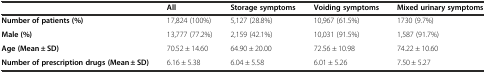
<table><thead><tr><td></td><td><b>All</b></td><td><b>Storage symptoms</b></td><td><b>Voiding symptoms</b></td><td><b>Mixed urinary symptoms</b></td></tr></thead><tbody><tr><td><b>Number of patients (%)</b></td><td>17,824 (100%)</td><td>5,127 (28.8%)</td><td>10,967 (61.5%)</td><td>1730 (9.7%)</td></tr><tr><td><b>Male (%)</b></td><td>13,777 (77.2%)</td><td>2,159 (42.1%)</td><td>10,031 (91.5%)</td><td>1,587 (91.7%)</td></tr><tr><td><b>Age (Mean ± SD)</b></td><td>70.52 ± 14.60</td><td>64.90 ± 20.00</td><td>72.56 ± 10.98</td><td>74.22 ± 10.60</td></tr><tr><td><b>Number of prescription drugs (Mean ± SD)</b></td><td>6.16 ± 5.38</td><td>6.04 ± 5.58</td><td>6.01 ± 5.26</td><td>7.50 ± 5.27</td></tr></tbody></table>